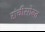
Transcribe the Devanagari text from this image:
रांचीसोबत